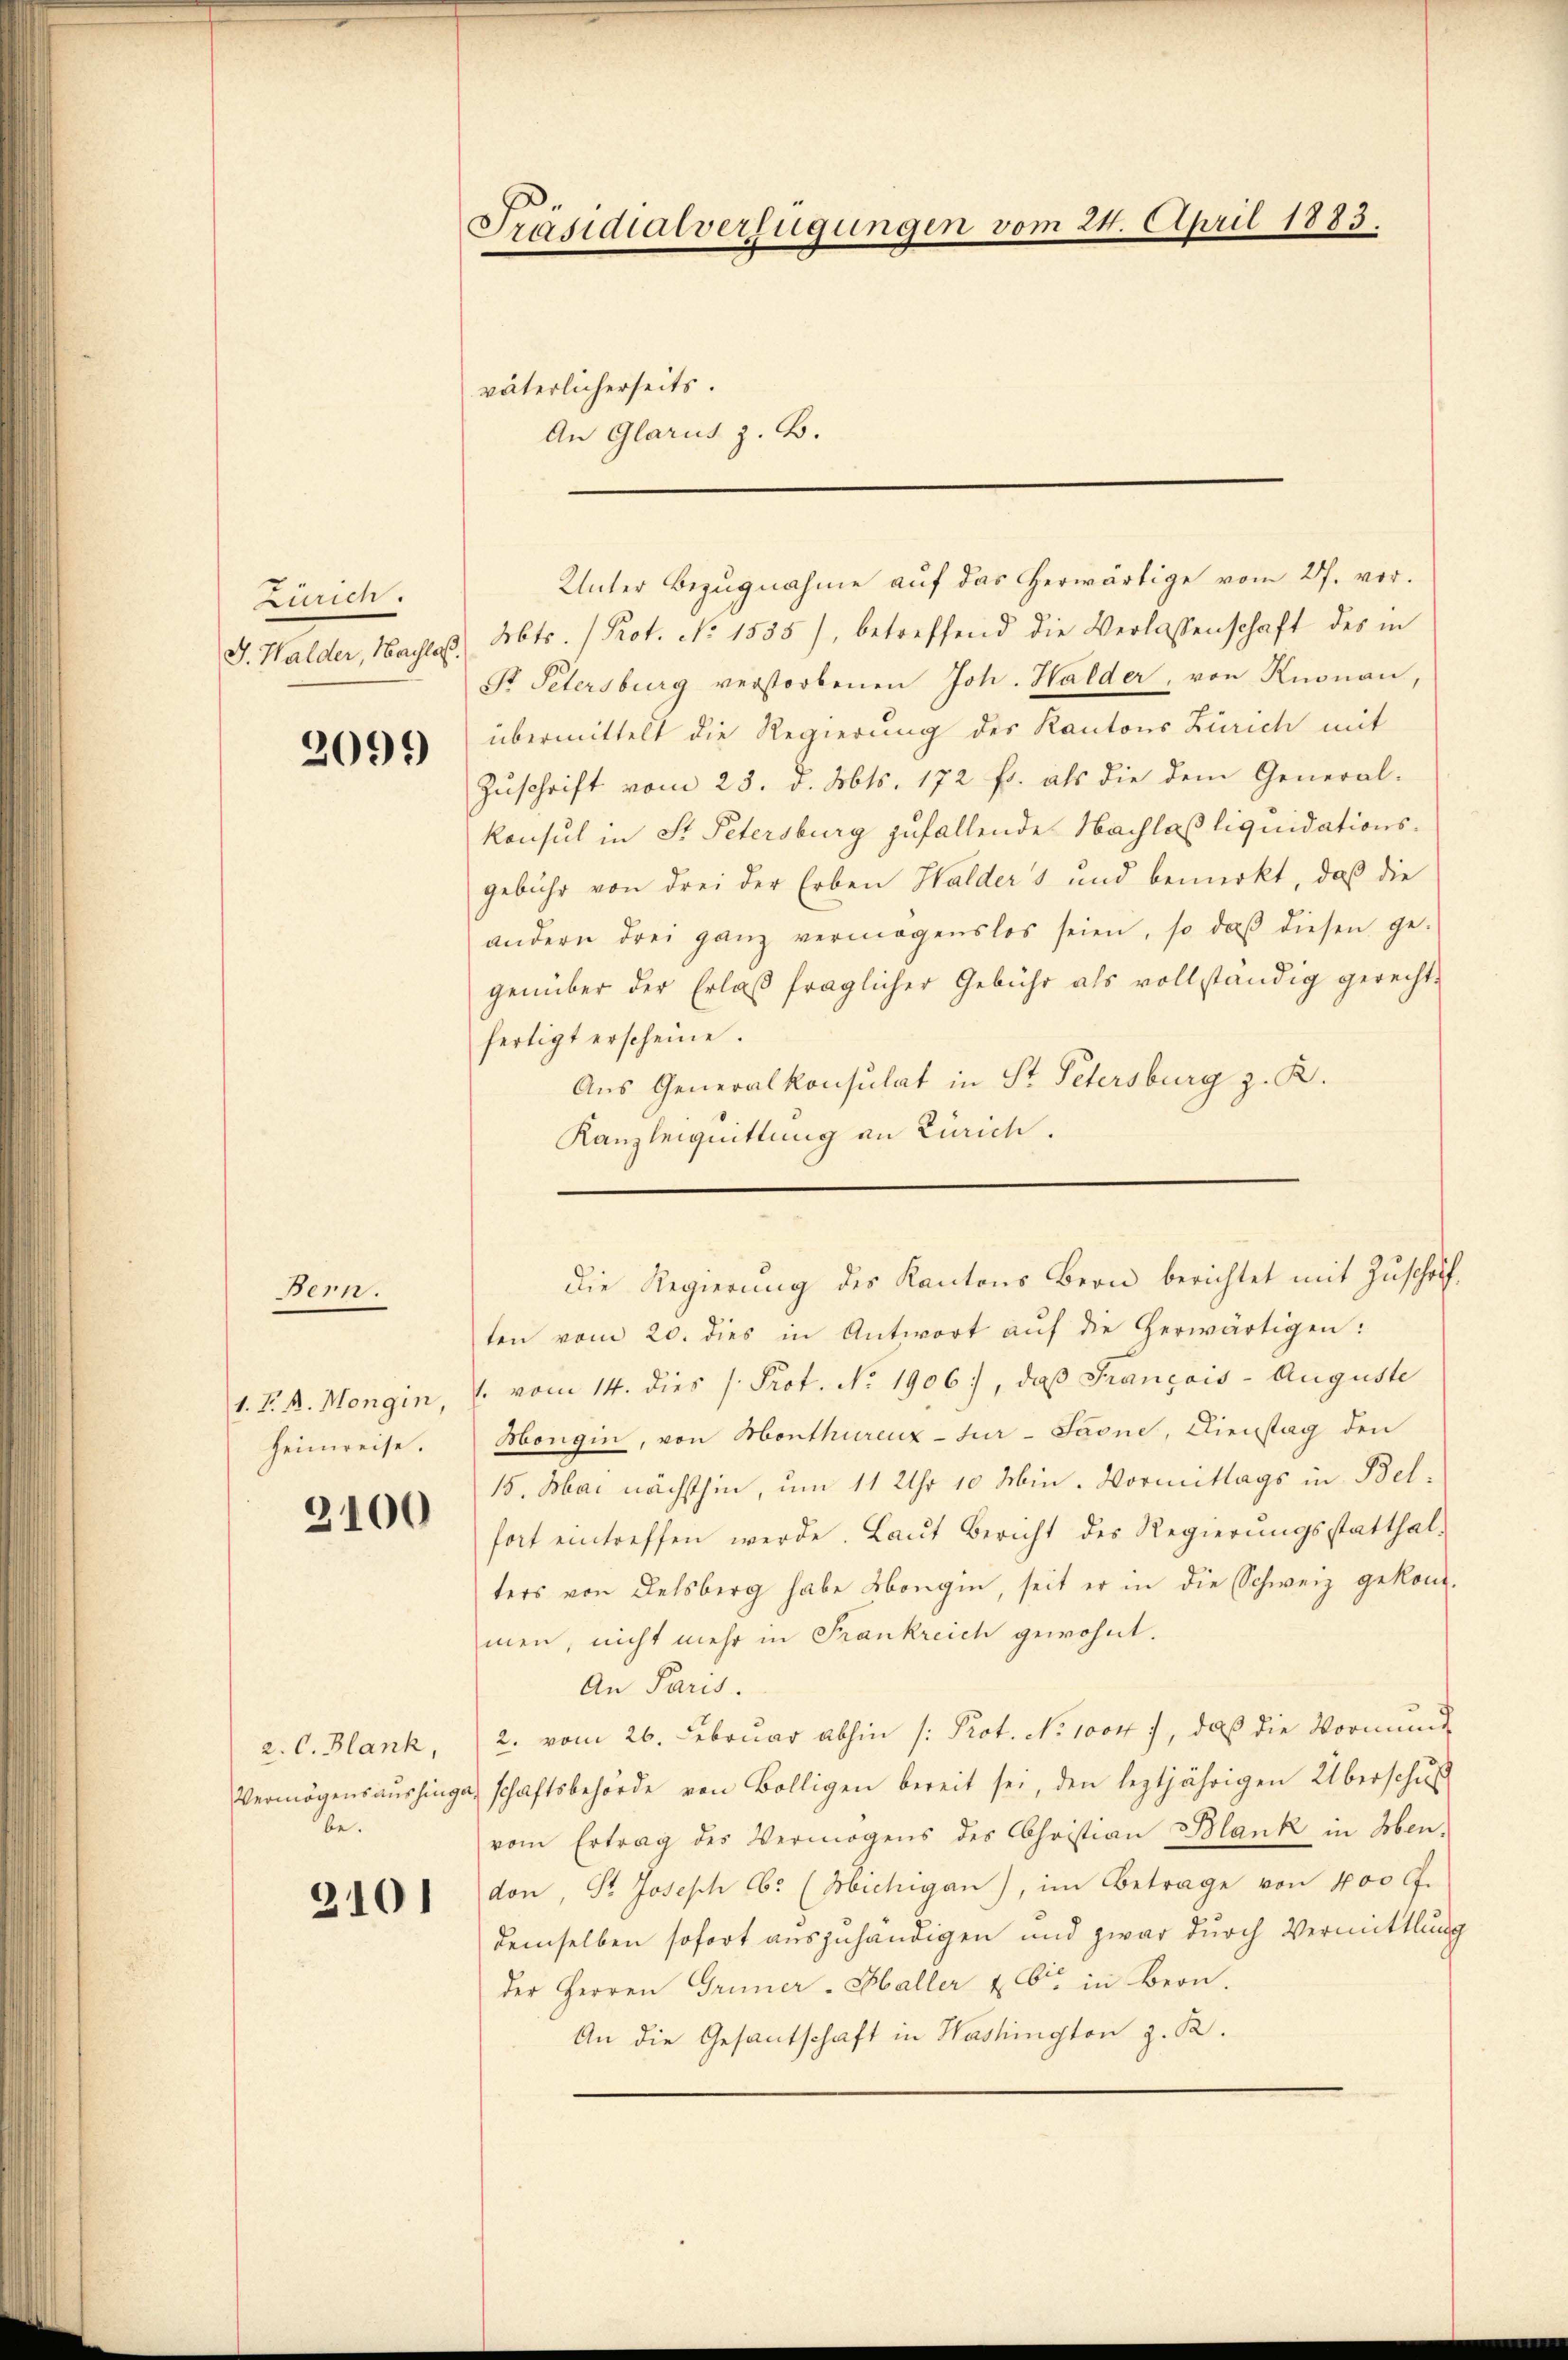
Zürich.
J. Halder, Nachloß.

2099

Bern.
1. P. M. Mongin,
heimreise.

3100

a. C. Blank,
be.

3101

Präsidialverfügungen vom 24. April 1883.
väterlicherseits.
An Glarus z. B.

Abts. (Prot. No 1555), betreffend die Verlassenschaft des in
St Petersburg verstorbenen Joh. Halder, von Knonau,
übermittelt die Regierung des Kantons Zürich mit
Zŭschrift vom 23. d. Mts. 172 fr. als die dem General-
Konsul in St. Petersburg zufallende Nachlaß liquidationsgebühr von drei der Erben Halders und bemerkt, daß die
andern drei ganz vermögenslos seien, so daβ diesen ge-
genüber der Erlaß fraglicher Gebühr als vollständig gerechtfertigt erscheine.
Aus Generalkonsulat in St. Petersburg z. R.
Kanzleiquittung an Zürich.

ten vom 20. dies in Antwort aŭf die herwärtigen:
 vom 14. dies /: Prot. No 1906), daß Français - Auguste
Mongin, von Monthurenz-Jur - Saone, Dienstag den
15. Mai nächsthin, um 11 Uhr 10 Min. Vormittags in Belfort eintreffen werde. Laŭt Bericht des Regierŭngsstatthal-
ters von Delsberg habe Hangin, seit er in die Schweiz gekom-
men, nicht mehr in Frankreich gewohnt.
An Paris.
2. vom 26. Februar abhin (: Prot. No 10047, daß die Vormund
Vermögensaŭshinge, schaftsbehörde von Bölligen bereit sei, den leztjährigen Überschŭβ
vom Ertrag des Vermögens des Christian Blank in Men-
don, St. Joseph Cb. (Michigan), im Betrage von 400 ff.
demselben sofort auszuhändigen und zwar durch Vermittlung
der Herren Gruner-Haller & Cie in Bern.
An die Gesantschaft in Washington z. B.

Unter Bezugnahme auf das erwärtige vom 27. vor.

Die Regierung des Kantons Bern berichtet mit Zuschrif¬